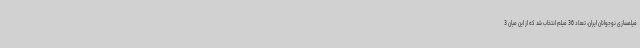
فیلمسازی نوجوانان ایران، تعداد 36 فیلم انتخاب شد که از این میان 3